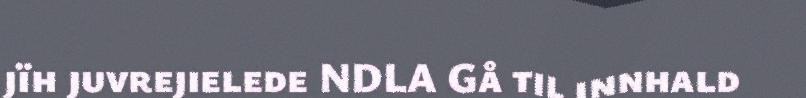
jïh juvrejielede NDLA Gå til innhald